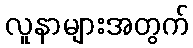
လူနာများအတွက်